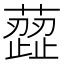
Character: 䔼